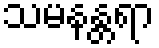
သမနန္တရာ